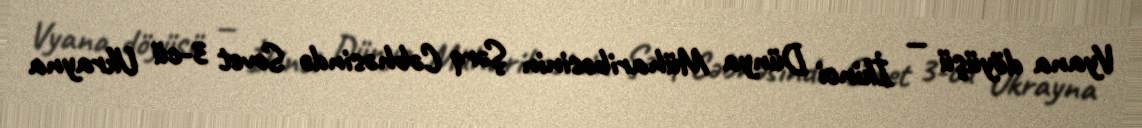
Vyana döyüşü — İkinci Dünya Müharibəsinin Şərq Cəbhəsində Sovet 3-cü Ukrayna